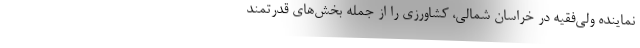
نماینده ولی‌فقیه در خراسان شمالی، کشاورزی را از جمله بخش‌های قدرتمند